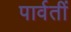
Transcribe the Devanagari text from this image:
पार्वतीं